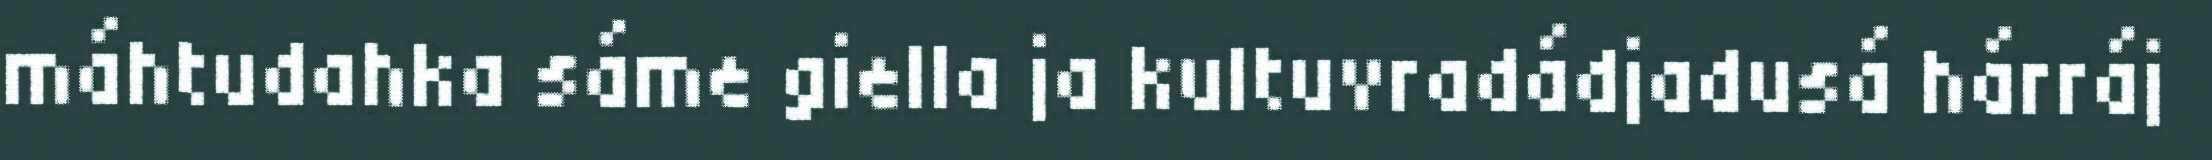
máhtudahka sáme giella ja kultuvradádjadusá hárráj